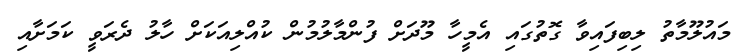
މައުލޫމާތު ލިބިފައިވާ ގޮތުގައި އެމީހާ މޫދަށް ފުންމާލުމުން ކުއްލިއަކަށް ހާލު ދެރަވީ ކަމަށާއި